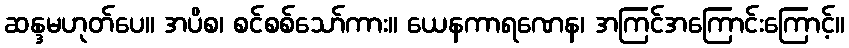
ဆန္ဒမဟုတ်ပေ။ အပိစ၊ စင်စစ်သော်ကား။ ယေနကာရဏေန၊ အကြင်အကြောင်းကြောင့်။